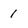
Character: 1